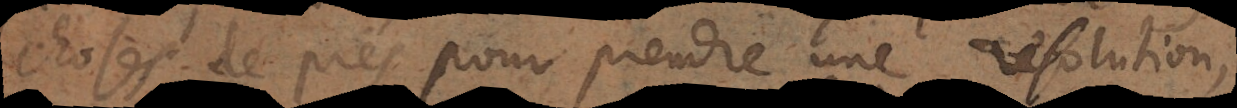
choses de près pour prendre une resolution,